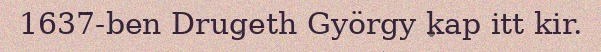
1637-ben Drugeth György kap itt kir.